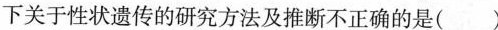
下关于性状遗传的研究方法及推断不正确的是( )